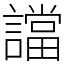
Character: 譡